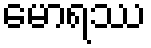
မောရဿ